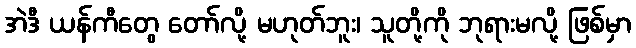
အဲဒီ ယန်ကီတွေ တော်လို့ မဟုတ်ဘူး၊ သူတို့ကို ဘုရားမလို့ ဖြစ်မှာ